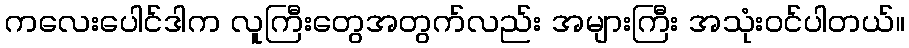
ကလေးပေါင်ဒါက လူကြီးတွေအတွက်လည်း အများကြီး အသုံးဝင်ပါတယ်။